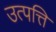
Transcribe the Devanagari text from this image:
उत्‍पत्ति